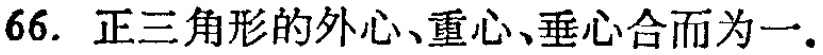
66. 正三角形的外心、重心、垂心合而为一.